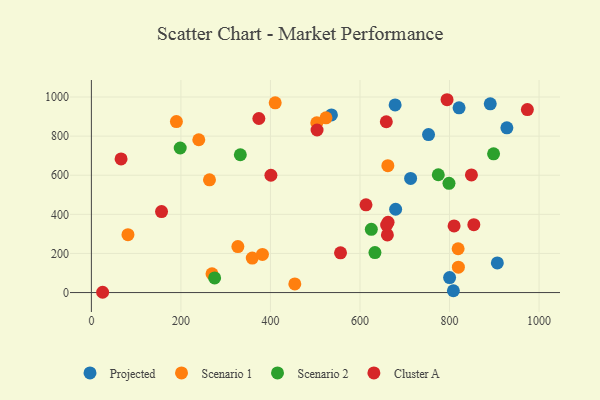
{"axis": {"x": "Price", "y": "Profit"}, "legend": ["Cluster A", "Projected", "Scenario 1", "Scenario 2"], "data": [{"x": "679.6", "y": 426.1, "type": "Projected"}, {"x": "536.2", "y": 908.4, "type": "Projected"}, {"x": "928.1", "y": 842.5, "type": "Projected"}, {"x": "713.1", "y": 583.5, "type": "Projected"}, {"x": "808.6", "y": 9.3, "type": "Projected"}, {"x": "906.8", "y": 151.3, "type": "Projected"}, {"x": "753.1", "y": 808.2, "type": "Projected"}, {"x": "891.0", "y": 965.2, "type": "Projected"}, {"x": "678.5", "y": 959.6, "type": "Projected"}, {"x": "800.2", "y": 76.7, "type": "Projected"}, {"x": "821.3", "y": 944.9, "type": "Projected"}, {"x": "819.2", "y": 224.0, "type": "Scenario 1"}, {"x": "359.4", "y": 176.3, "type": "Scenario 1"}, {"x": "263.8", "y": 576.5, "type": "Scenario 1"}, {"x": "503.5", "y": 868.1, "type": "Scenario 1"}, {"x": "189.9", "y": 874.2, "type": "Scenario 1"}, {"x": "662.2", "y": 648.9, "type": "Scenario 1"}, {"x": "81.7", "y": 296.0, "type": "Scenario 1"}, {"x": "454.4", "y": 44.2, "type": "Scenario 1"}, {"x": "269.4", "y": 96.1, "type": "Scenario 1"}, {"x": "382.1", "y": 195.1, "type": "Scenario 1"}, {"x": "410.6", "y": 970.6, "type": "Scenario 1"}, {"x": "327.2", "y": 235.3, "type": "Scenario 1"}, {"x": "524.0", "y": 893.6, "type": "Scenario 1"}, {"x": "239.9", "y": 781.5, "type": "Scenario 1"}, {"x": "819.8", "y": 130.0, "type": "Scenario 1"}, {"x": "774.9", "y": 602.6, "type": "Scenario 2"}, {"x": "898.4", "y": 709.5, "type": "Scenario 2"}, {"x": "332.7", "y": 704.7, "type": "Scenario 2"}, {"x": "798.8", "y": 558.7, "type": "Scenario 2"}, {"x": "275.3", "y": 74.8, "type": "Scenario 2"}, {"x": "198.4", "y": 739.4, "type": "Scenario 2"}, {"x": "633.4", "y": 204.2, "type": "Scenario 2"}, {"x": "625.3", "y": 323.4, "type": "Scenario 2"}, {"x": "25.1", "y": 1.4, "type": "Cluster A"}, {"x": "504.1", "y": 831.3, "type": "Cluster A"}, {"x": "810.2", "y": 340.8, "type": "Cluster A"}, {"x": "661.2", "y": 294.5, "type": "Cluster A"}, {"x": "66.3", "y": 683.5, "type": "Cluster A"}, {"x": "848.9", "y": 601.5, "type": "Cluster A"}, {"x": "156.7", "y": 414.3, "type": "Cluster A"}, {"x": "556.5", "y": 203.2, "type": "Cluster A"}, {"x": "613.4", "y": 448.5, "type": "Cluster A"}, {"x": "658.8", "y": 873.5, "type": "Cluster A"}, {"x": "662.7", "y": 359.6, "type": "Cluster A"}, {"x": "854.3", "y": 347.2, "type": "Cluster A"}, {"x": "794.5", "y": 986.2, "type": "Cluster A"}, {"x": "374.1", "y": 890.2, "type": "Cluster A"}, {"x": "401.0", "y": 599.9, "type": "Cluster A"}, {"x": "973.9", "y": 935.6, "type": "Cluster A"}, {"x": "659.5", "y": 345.1, "type": "Cluster A"}]}